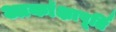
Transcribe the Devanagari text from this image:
आकांक्षापूर्ति